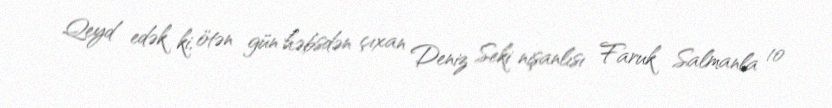
Qeyd edək ki, ötən gün həbsdən çıxan Deniz Seki nişanlısı Faruk Salmanla 10